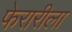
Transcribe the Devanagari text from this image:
फेरारीला